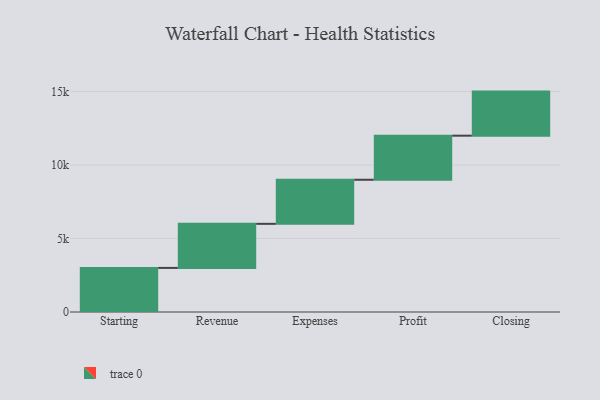
{"axis": {"x": "Step", "y": "Value"}, "legend": [""], "data": [{"x": "Starting", "y": 3000, "type": ""}, {"x": "Revenue", "y": 3000, "type": ""}, {"x": "Expenses", "y": 3000, "type": ""}, {"x": "Profit", "y": 3000, "type": ""}, {"x": "Closing", "y": 3000, "type": ""}]}